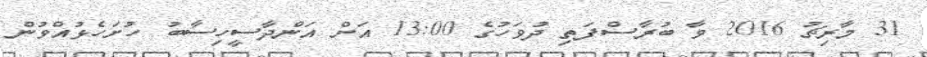
31 މާރިޗު 2016 ވާ ބުރާސްފަތި ދުވަހުގެ 13:00 އަށް އަންދާސީހިސާބު ހުށަހެޅުއްވުން